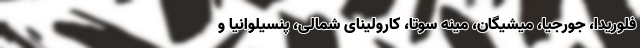
فلوریدا، جورجیا، میشیگان، مینه سوتا، کارولینای شمالی، پنسیلوانیا و